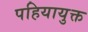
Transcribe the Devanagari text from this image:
पहियायुक्त